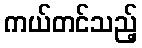
ကယ်တင်သည့်